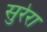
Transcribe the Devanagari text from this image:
सुरेरा